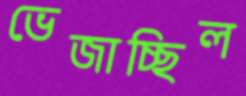
ভেজাচ্ছিল